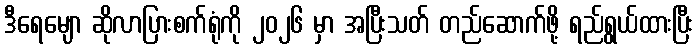
ဒီရေမျော ဆိုလာပြားစက်ရုံကို ၂၀၂၆ မှာ အပြီးသတ် တည်ဆောက်ဖို့ ရည်ရွယ်ထားပြီး